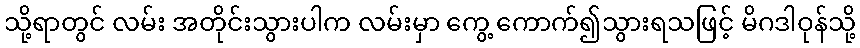
သို့ရာတွင် လမ်း အတိုင်းသွားပါက လမ်းမှာ ကွေ့ ကောက်၍သွားရသဖြင့် မိဂဒါဝုန်သို့